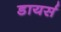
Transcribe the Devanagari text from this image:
डायर्स